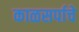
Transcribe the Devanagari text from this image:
काळसर्पाचे